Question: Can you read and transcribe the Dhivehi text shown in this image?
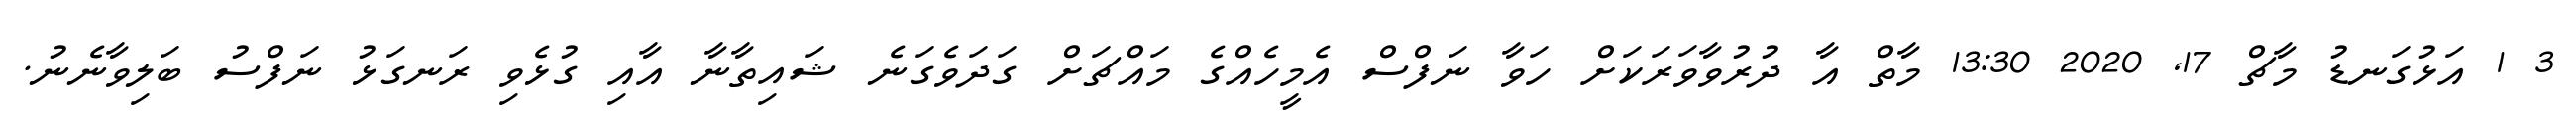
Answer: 3 1 އަޅުގަނޑު މާޗް 17, 2020 13:30 މާތް އާ ދުރުވާވަރަކަށް ހަވާ ނަފްސް އެމީހެއްގެ މައްޗަށް ގަދަވެގަނެ ޝައިތާނާ އާއި ގުޅެވި ރަނގަޅު ނަފްސު ބަލިވާނެނު.